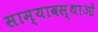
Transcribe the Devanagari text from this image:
साम्यावस्थाओं